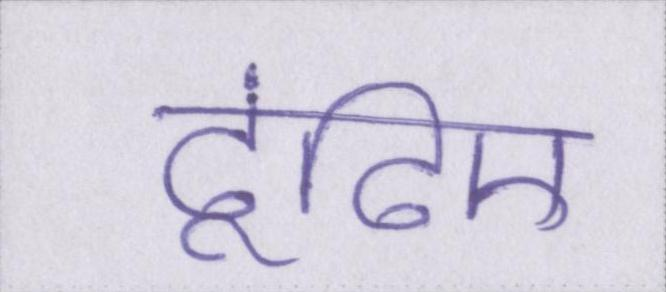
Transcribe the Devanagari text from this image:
ढूंढिए